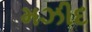
મઝીદ